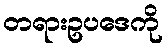
တရားဥပဒေကို